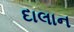
દાલાન